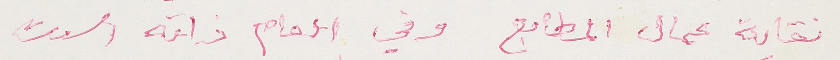
نقابة عمال المطابع وفي العام ذاته اسست